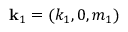
\mathbf { k } _ { 1 } = ( k _ { 1 } , 0 , m _ { 1 } )